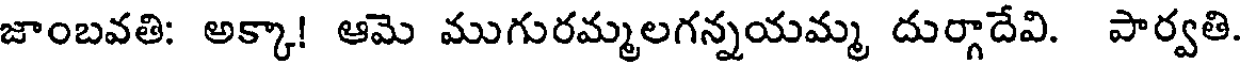
జాంబవతి: అక్కా! ఆమె ముగురమ్మలగన్నయమ్మ దుర్గాదేవి. పార్వతి